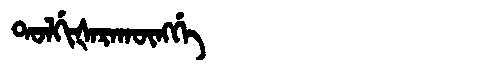
Manchu: ᡨᠣᠯᡤᡳᡧᠠᡵᠠᡴᡡᠩᡤᡝ
Romanization: TOLGIŠARAKŪNGGE